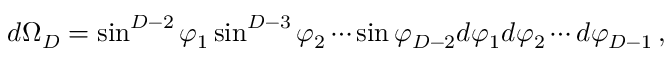
d \Omega _ { D } = \sin ^ { D - 2 } \varphi _ { 1 } \sin ^ { D - 3 } \varphi _ { 2 } \cdots \sin \varphi _ { D - 2 } d \varphi _ { 1 } d \varphi _ { 2 } \cdots d \varphi _ { D - 1 } \, ,